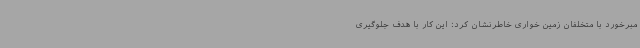
مبرخورد با متخلفان زمین خواری خاطرنشان کرد: این کار با هدف جلوگیری